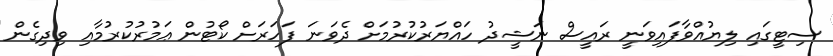
ސިޓީގައި ލިޔުއްވާފައިވަނީ ރައީސް ނަޝީދު ހައްޔަރުކުރުމަށް ދެވަނަ ފަހަރަށް ކޯޓުން ޢަމުރުކުރުމާއި ވިދިގެން